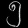
Digit: ၅